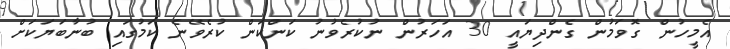
އެމީހުން ގޮވަމުން ގެންދިޔައީ 30 އަހަރުން ނުކުރެވުނު ކަންކަން ކުރެވޭނެ ކަމުގައި ބުނާބަޔަކަށް